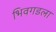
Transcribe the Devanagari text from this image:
भिवगडला